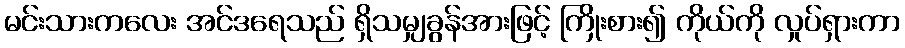
မင်းသားကလေး အင်ဒရေသည် ရှိသမျှခွန်အားဖြင့် ကြိုးစား၍ ကိုယ်ကို လှုပ်ရှားကာ